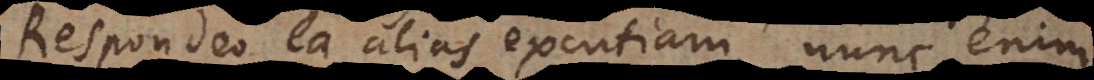
Respondeo ea alias excutiam, nunc enim